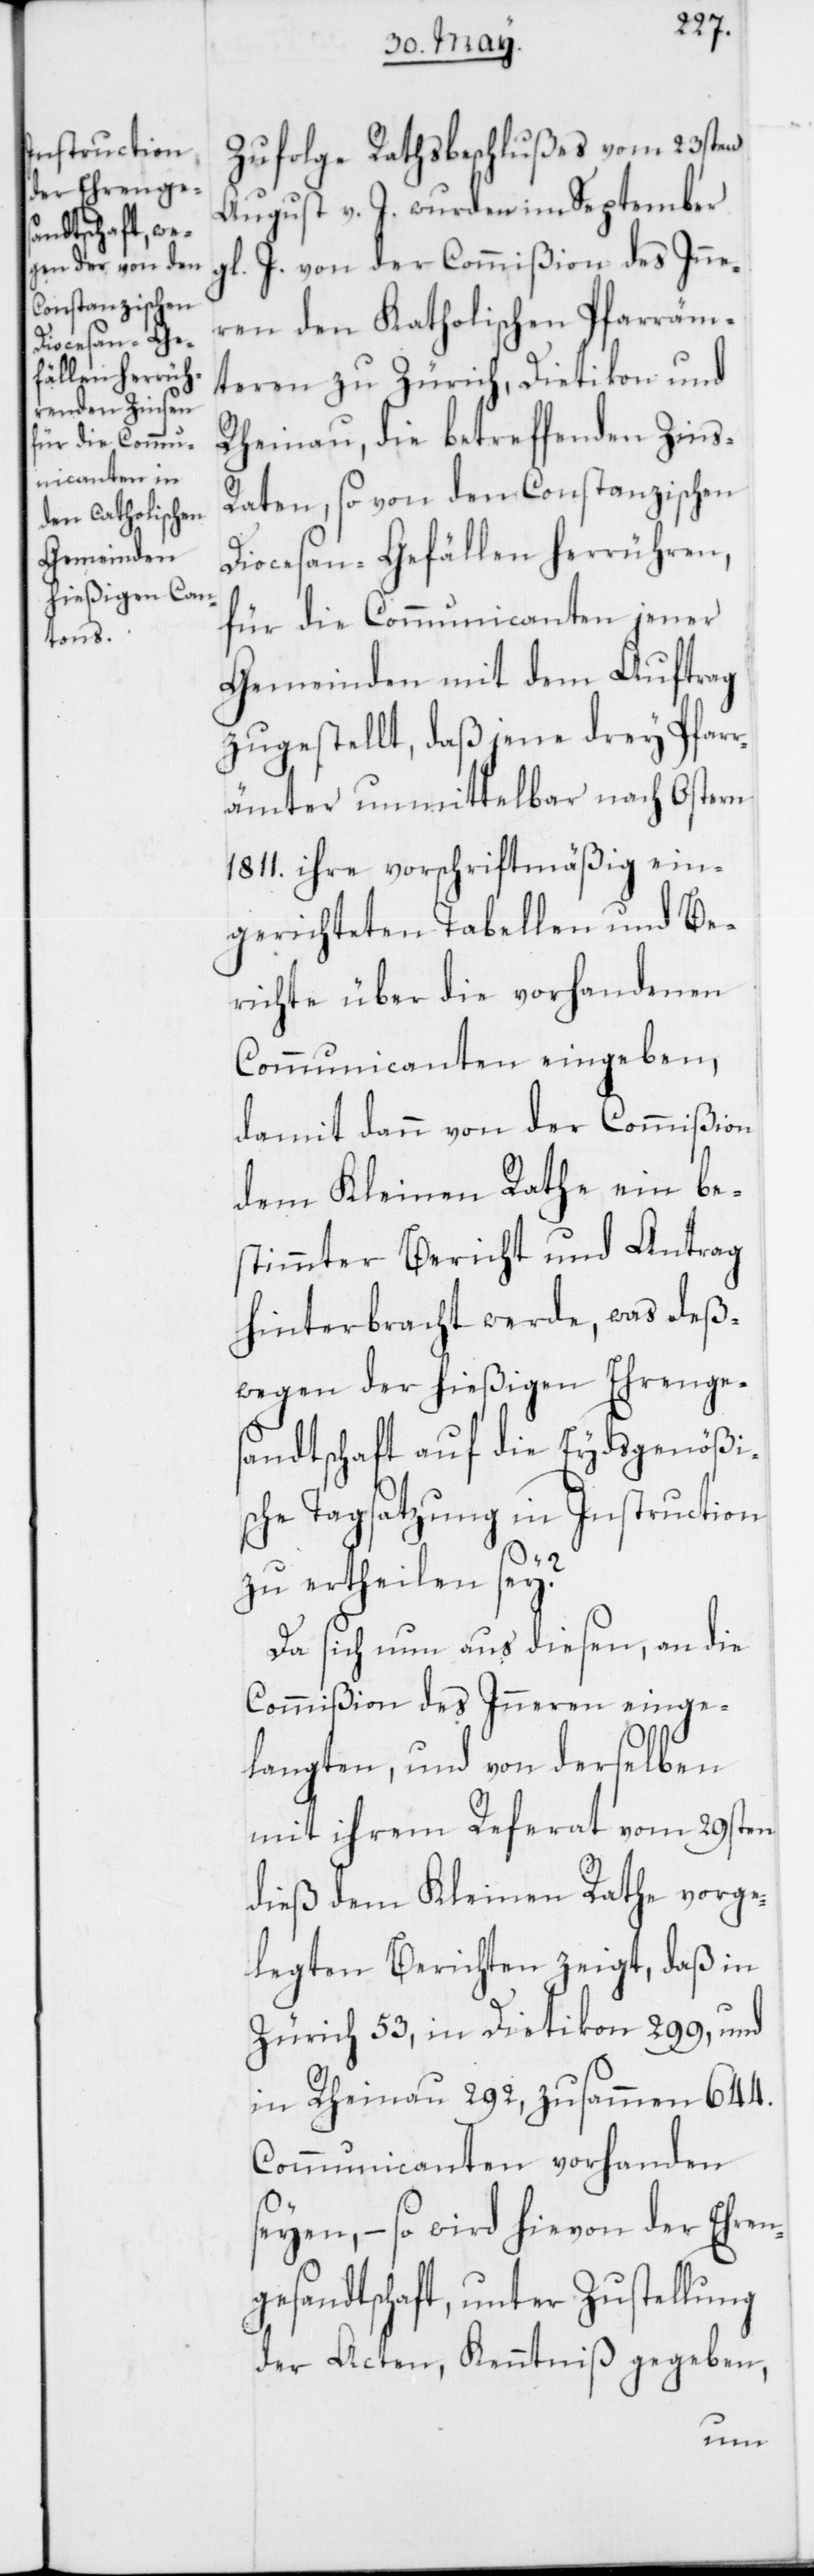
Zufolge Rathsbeschlußes vom 23sten
August v. J. wurden im September
l. J. von der Commißion des Inne¬
ren den Katholischen Pfarräm¬
teren zu Zürich, Dietikon und
Rheinau, die betreffenden Zins-R¬
aten, so von dem Constanzischen
Diocesan-Gefällen herrühren,
für die Communicanten jener
Gemeinden mit dem Auftrag
zugestellt, daß jene drey Pfarr¬
ämter unmittelbar nach Ostern
1811. ihre vorschriftsmäßig ein¬
gerichteten Tabellen und Be¬
richte über die vorhandenen
Communicanten eingeben,
damit dann von der Commißion
dem Kleinen Rathe ein be¬
stimmter Bericht und Antrag
hinterbracht werde, was deß¬
wegen der hießigen Ehrenges¬
andtschaft auf die Eydsgenößi¬
sche Tagsatzung in Instruction
zu ertheilen sey?
Da sich nun aus diesen, an die
Commißion des Inneren einge¬
langten, und von derselben
mit ihrem Referat vom 29sten
dieß dem Kleinen Rathe vorge¬
legten Berichten zeigt, daß in
Zürich 53, in Dietikon 299, und
in Rheinau 292, zusammen 644.
Communicanten vorhanden
seyen, – so wird hievon der Ehren¬
gesandtschaft, unter Zustellung
der Acten, Kenntniß gegeben,
g¬